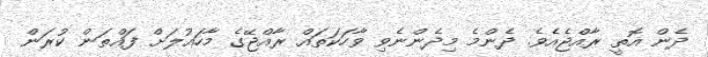
ދެން އޮތީ ރާއްޖެއެވެ. ދެންމެ މިދެންނެވި ވާހަކަތައް ރާއްޖޭގެ މާހައުލަށް ފައްތަން ކުރަން